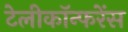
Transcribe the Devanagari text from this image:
टेलीकॉन्फरेंस